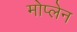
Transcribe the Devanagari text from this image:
मोप्लेन